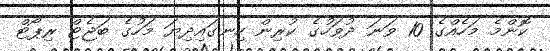
ކޮންމެ މަހެއްގެ 10 ވަނަ ދުވަހުގެ ކުރިން ހިނގައިދިޔަ މަހުގެ ބަޖެޓް ރިޕޯޓް